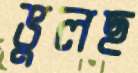
ভুলছ